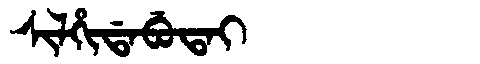
Manchu: ᠰᡳᠯᡥᡳᡩᠠᠪᡠᡨᠠᡳ
Romanization: SILHIDABUTAI